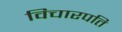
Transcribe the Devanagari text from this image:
विचारपति